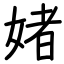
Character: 媎